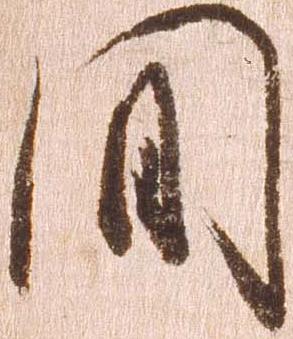
間